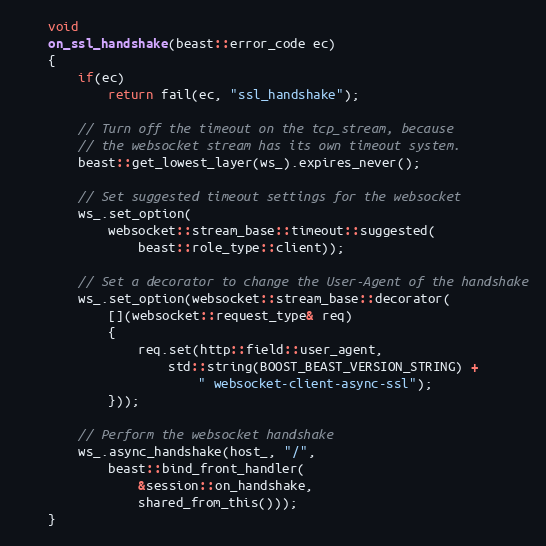
Language: C++
    void
    on_ssl_handshake(beast::error_code ec)
    {
        if(ec)
            return fail(ec, "ssl_handshake");

        // Turn off the timeout on the tcp_stream, because
        // the websocket stream has its own timeout system.
        beast::get_lowest_layer(ws_).expires_never();

        // Set suggested timeout settings for the websocket
        ws_.set_option(
            websocket::stream_base::timeout::suggested(
                beast::role_type::client));

        // Set a decorator to change the User-Agent of the handshake
        ws_.set_option(websocket::stream_base::decorator(
            [](websocket::request_type& req)
            {
                req.set(http::field::user_agent,
                    std::string(BOOST_BEAST_VERSION_STRING) +
                        " websocket-client-async-ssl");
            }));

        // Perform the websocket handshake
        ws_.async_handshake(host_, "/",
            beast::bind_front_handler(
                &session::on_handshake,
                shared_from_this()));
    }